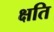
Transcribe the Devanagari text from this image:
क्षति